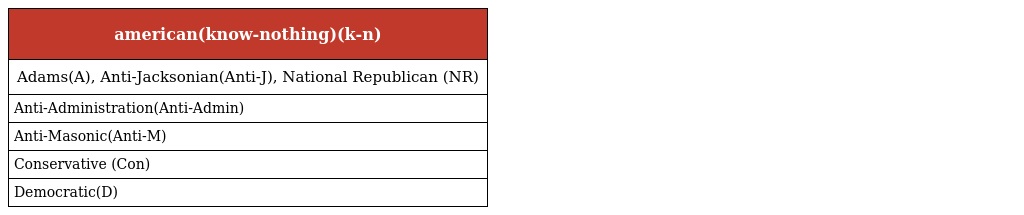
| american(know-nothing)(k-n) |
 | --- |
 | Adams(A), Anti-Jacksonian(Anti-J), National Republican (NR) |
 | Anti-Administration(Anti-Admin) |
 | Anti-Masonic(Anti-M) |
 | Conservative (Con) |
 | Democratic(D) |